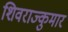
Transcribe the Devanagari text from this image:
शिवराज्कुमार